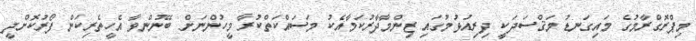
މިޕްރޮގްރާމުގެ މައިގަނޑު މަޤްސަދަކީ ދިރިއުޅުމުގައި ޒިންމާދާރުކަމާއެކު މަސައްކަތްކުރާ މީހުންނަށް ބޭނުންވާ އެހީތެރިކަން ފޯރުކޮށްދީ